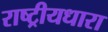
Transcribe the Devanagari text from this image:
राष्ट्रीयधारा